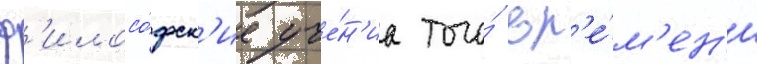
ф'илосо́фск'ие уче́н'иа того́ вр'е́м'ен'и